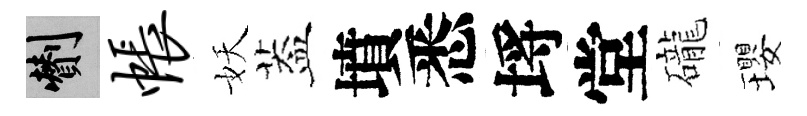
剪帐妖葢墳悉埓堂礲瓔